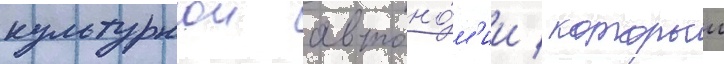
культурнои автоно́м'ии / которои